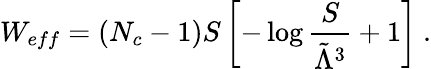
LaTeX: W_{eff}=\left(N_{c}-1\right)S\left[-\log{\frac{S}{\tilde{\Lambda}^{3}}}+1\right]~.